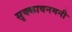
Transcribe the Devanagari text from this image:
सृक्कावनमनी